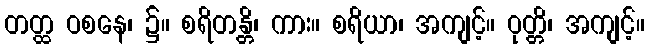
တတ္ထ ဝစနေ၊ ၌။ စရိတန္တိ၊ ကား။ စရိယာ၊ အကျင့်။ ဝုတ္တိ၊ အကျင့်။